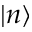
\lvert n \rangle